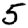
Digit: 5